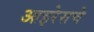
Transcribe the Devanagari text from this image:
आइरेसचे